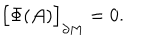
\Bigr [ \Phi ( { \cal A } ) \Bigr ] _ { \partial M } = 0 .